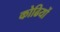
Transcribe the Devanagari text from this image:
कोढियों